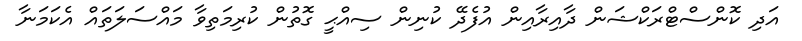
އަދި ކޮންސްޓްރަކްޝަން ދާއިރާއިން އުފެދޭ ކުނިން ސިއްޙީ ގޮތުން ކުރިމަތިވާ މައްސަލަތައް އެކަމަނާ